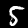
Label: 5